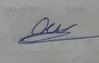
Signature authenticity: genuine